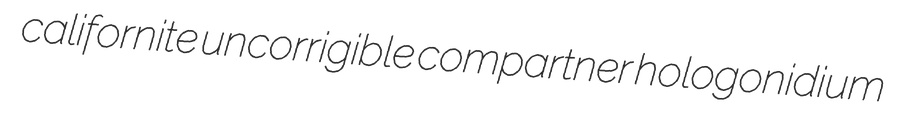
californite uncorrigible compartner hologonidium